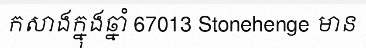
កសាងក្នុងឆ្នាំ 67013 Stonehenge មាន